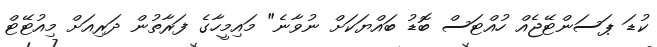
ކުޑަ ޕަސަންޓޭޖެއް ހުއްޓަސް ބޮޑު ބައްޔަކަށް ނުވާނެ" މައިމީހާގެ ފަރާތުން ދަރިއަށް މިއުޓޭޓް